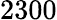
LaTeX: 2300